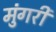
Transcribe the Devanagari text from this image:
मुंगरी